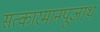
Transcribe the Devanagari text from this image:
सत्कारमानपूजार्थं